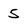
Character: 5